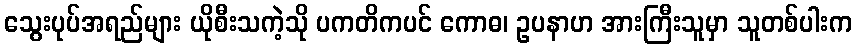
သွေးပုပ်အရည်များ ယိုစီးသကဲ့သို ပကတိကပင် ကောဓ၊ ဥပနာဟ အားကြီးသူမှာ သူတစ်ပါးက